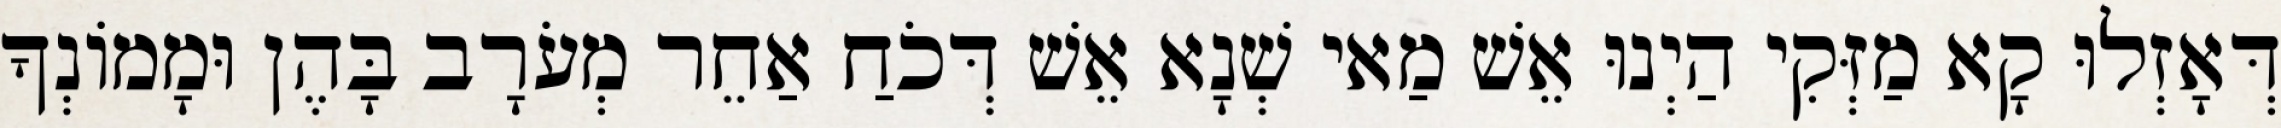
דְּאָזְלוּ קָא מַזְּקִי הַיְנוּ אֵשׁ מַאי שְׁנָא אֵשׁ דְּכֹחַ אַחֵר מְעֹרָב בָּהֶן וּמָמוֹנְךָ